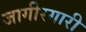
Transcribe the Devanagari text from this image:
जागीरगारी